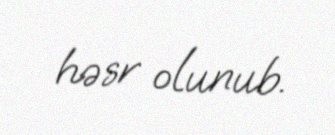
həsr olunub.